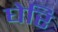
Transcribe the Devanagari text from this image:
घेरि